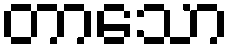
တာသော